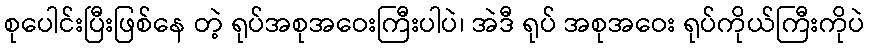
စုပေါင်းပြီးဖြစ်နေ တဲ့ ရုပ်အစုအဝေးကြီးပါပဲ၊ အဲဒီ ရုပ် အစုအဝေး ရုပ်ကိုယ်ကြီးကိုပဲ